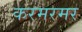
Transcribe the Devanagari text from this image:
करमरमर